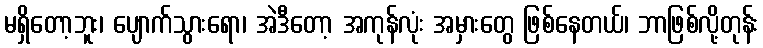
မရှိတော့ဘူး၊ ပျောက်သွားရော၊ အဲဒီတော့ အကုန်လုံး အမှားတွေ ဖြစ်နေတယ်၊ ဘာဖြစ်လို့တုန်း